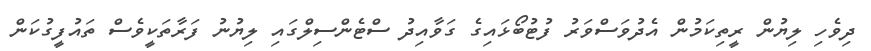
ދިވެހި ލިޔުން ރީތިކަމުން އެދުވަސްވަރު ފުޓުބޯޅައިގެ ގަވާއިދު ސްޓެންސިލްގައި ލިޔުނު ފަރާތަކީވެސް ތައުފީގުކަން